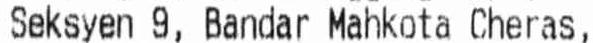
SEKSYEN 9, BANDAR MAHKOTA CHERAS,